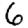
Digit: 6